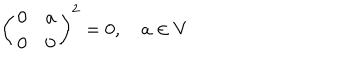
\left( \begin{matrix} { { 0 } } & { { a } } \\ { { 0 } } & { { 0 } } \\ \end{matrix} \right) ^ { 2 } = 0 , \quad a \in V